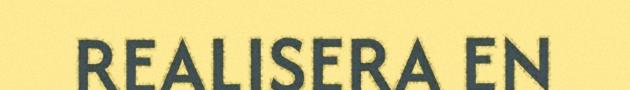
REALISERA EN